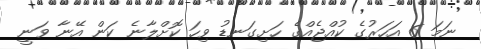
ނަމަ 6 އަހަރުގެ ކުއްޖެއްގެ ހަށިގަނޑު ވިހަ ކޮށްލާނެ ކަން އޭނާ ވަނީ